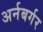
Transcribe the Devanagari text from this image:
अर्नबर्गर